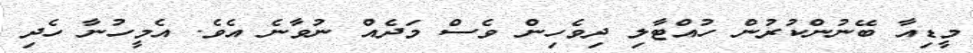
މީޑިއާ ބޭނުންކުރުން ހުއްޓާލި ދިވެހިން ވެސް މަދެއް ނުވާނެ އެވެ. އެމީހުނާ ހެދި